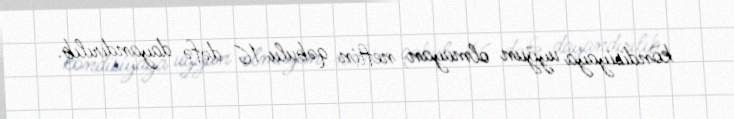
kondisiyaya uyğun olmayan neftin qəbulu 16 dəfə dayandırılıb.